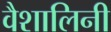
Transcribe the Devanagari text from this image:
वैशालिनी